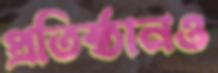
প্রতিষ্ঠানও